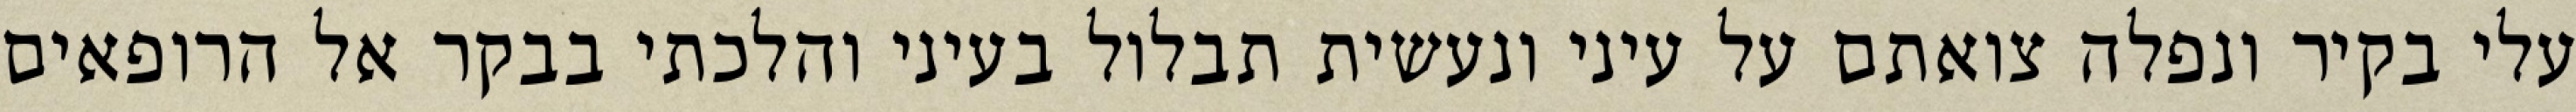
עלי בקיר‏ ונפלה צואתם על עיני ונעשית תבלול בעיני והלכתי בבקר אל הרופאים